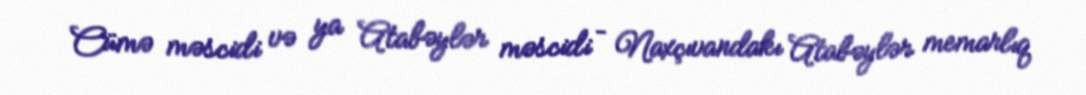
Cümə məscidi və ya Atabəylər məscidi – Naxçıvandakı Atabəylər memarlıq